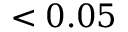
< 0 . 0 5